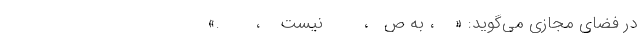
در فضای مجازی می‌گوید: «    ، به ص   ،        نیست    ،       ‌.»